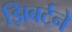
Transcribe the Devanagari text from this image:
झिबर्टने